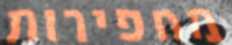
מחפירות